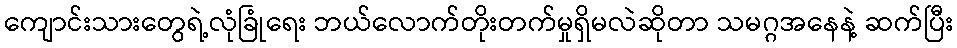
ကျောင်းသားတွေရဲ့လုံခြုံရေး ဘယ်လောက်တိုးတက်မှုရှိမလဲဆိုတာ သမဂ္ဂအနေနဲ့ ဆက်ပြီး